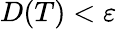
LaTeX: D(T)<\varepsilon